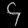
Digit: ၄